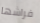
فراشها